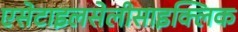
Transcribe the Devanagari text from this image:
एसेटाइलसेलीसाइक्लिक